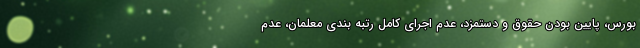
بورس، پایین بودن حقوق و دستمزد، عدم اجرای کامل رتبه بندی معلمان، عدم